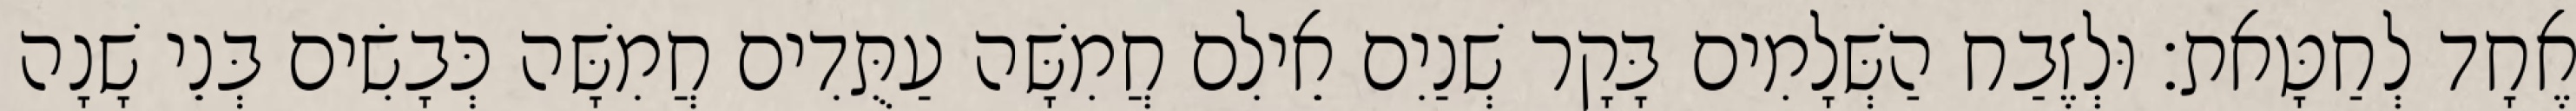
אֶחָד לְחַטָּאת׃ וּלְזֶבַח הַשְּׁלָמִים בָּקָר שְׁנַיִם אֵילִם חֲמִשָּׁה עַתֻּדִים חֲמִשָּׁה כְּבָשִׂים בְּנֵי שָׁנָה